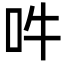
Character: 吽